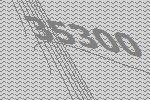
35300